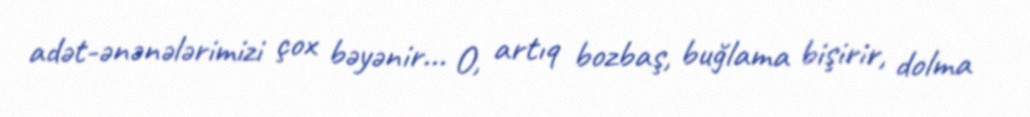
adət-ənənələrimizi çox bəyənir... O, artıq bozbaş, buğlama bişirir, dolma